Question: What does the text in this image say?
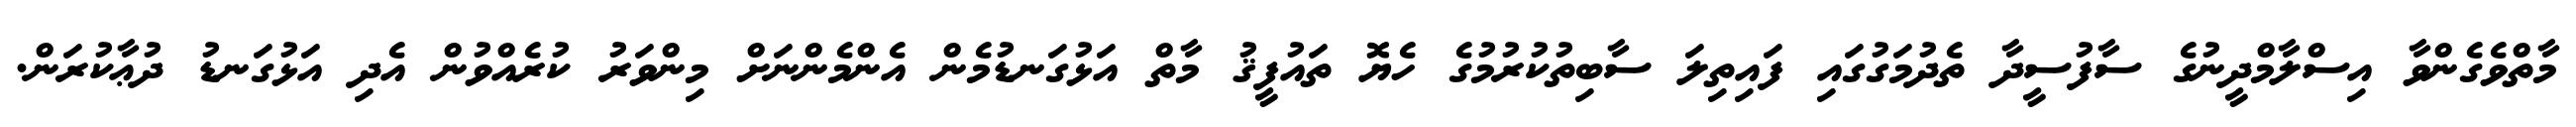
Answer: މާތްވެގެންވާ އިސްލާމްދީނުގެ ސާފުސީދާ ތެދުމަގުގައި ފައިތިލަ ސާބިތުކުރުމުގެ ހެޔޮ ތައުފީޤު މާތް އަޅުގަނޑުމެން އެންމެންނަށް މިންވަރު ކުރެއްވުން އެދި އަޅުގަނޑު ދުޢާކުރަން.